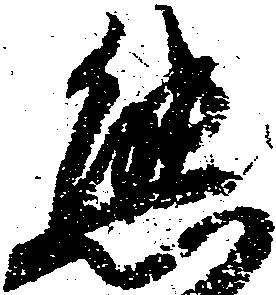
態